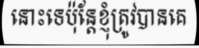
នោះទេប៉ុន្តែខ្ញុំត្រូវបានគេ